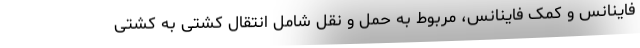
فاینانس و کمک فاینانس، مربوط به حمل و نقل شامل انتقال کشتی به کشتی